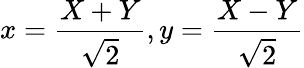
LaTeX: x={\frac{X+Y}{\sqrt{2}}},y={\frac{X-Y}{\sqrt{2}}}